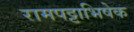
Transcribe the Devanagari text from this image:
रामपट्टाभिषेक